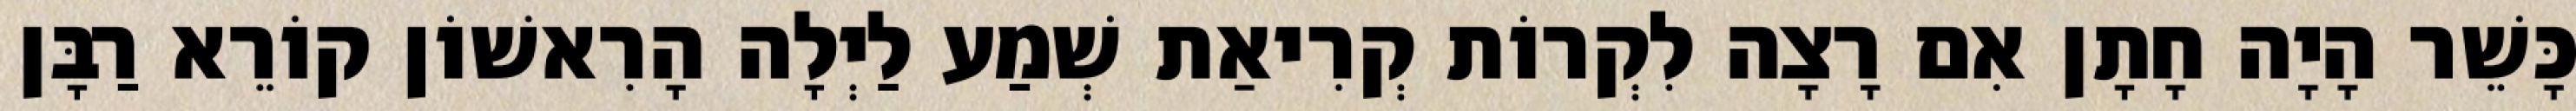
כָּשֵׁר הָיָה חָתָן אִם רָצָה לִקְרוֹת קְרִיאַת שְׁמַע לַיְלָה הָרִאשׁוֹן קוֹרֵא רַבָּן